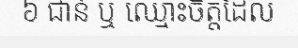
៦ ជាន់ ឬ ឈ្មោះចិត្តដែល